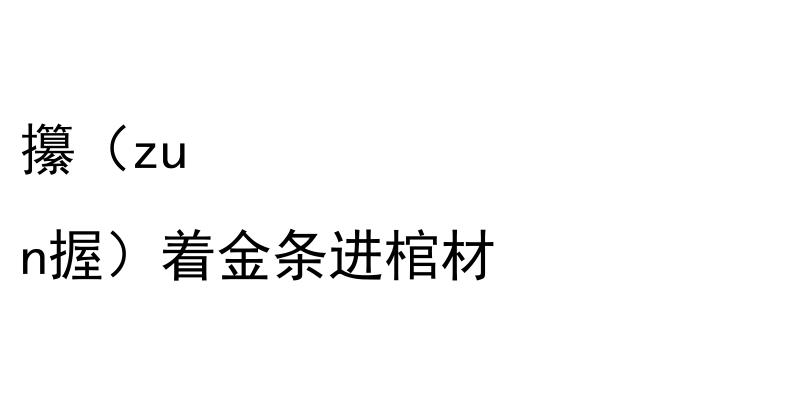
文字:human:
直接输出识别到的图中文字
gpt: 攥（zu n握）着金条进棺材